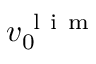
v _ { 0 } ^ { \mathrm { ~ l ~ i ~ m ~ } }